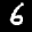
Label: 6